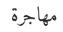
مھاجرة